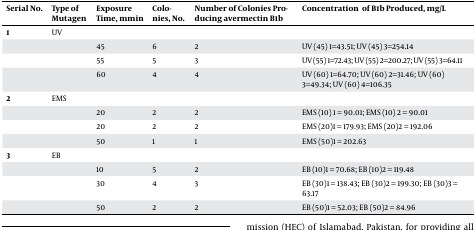
<table><thead><tr><td><b>Serial No.</b></td><td><b>Type of Mutagen</b></td><td><b>Exposure Time, mmin</b></td><td><b>Colonies, No.</b></td><td><b>Number of Colonies Producing avermectin B1b</b></td><td><b>Concentration of B1b Produced, mg/L</b></td></tr></thead><tbody><tr><td><b>1</b></td><td>UV</td><td></td><td></td><td></td><td></td></tr><tr><td></td><td></td><td>45</td><td>6</td><td>2</td><td>UV (45) 1=43.51; UV (45) 3=254.14</td></tr><tr><td></td><td></td><td>55</td><td>5</td><td>3</td><td>UV (55) 1=72.43; UV (55) 2=200.27; UV (55) 3=64.11</td></tr><tr><td></td><td></td><td>60</td><td>4</td><td>4</td><td>UV (60) 1=64.70; UV (60) 2=31.46; UV (60) 3=49.34; UV (60) 4=106.35</td></tr><tr><td><b>2</b></td><td>EMS</td><td></td><td></td><td></td><td></td></tr><tr><td></td><td></td><td>20</td><td>2</td><td>2</td><td>EMS (10) 1 = 90.01; EMS (10) 2 = 90.01</td></tr><tr><td></td><td></td><td>20</td><td>2</td><td>2</td><td>EMS (20)1 = 179.93; EMS (20)2 = 192.06</td></tr><tr><td></td><td></td><td>50</td><td>1</td><td>1</td><td>EMS (50)1 = 202.63</td></tr><tr><td><b>3</b></td><td>EB</td><td></td><td></td><td></td><td></td></tr><tr><td></td><td></td><td>10</td><td>5</td><td>2</td><td>EB (10)1 = 70.68; EB (10)2 = 119.48 </td></tr><tr><td></td><td></td><td>30</td><td>4</td><td>3</td><td>EB (30)1 = 138.43; EB (30)2 = 199.30; EB (30)3 = 63.17</td></tr><tr><td></td><td></td><td>50</td><td>2</td><td>2</td><td>EB (50)1 = 52.03; EB (50)2 = 84.96</td></tr></tbody></table>